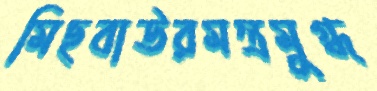
মিছবাউরমন্ত্রমুগ্ধ